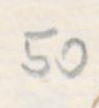
50